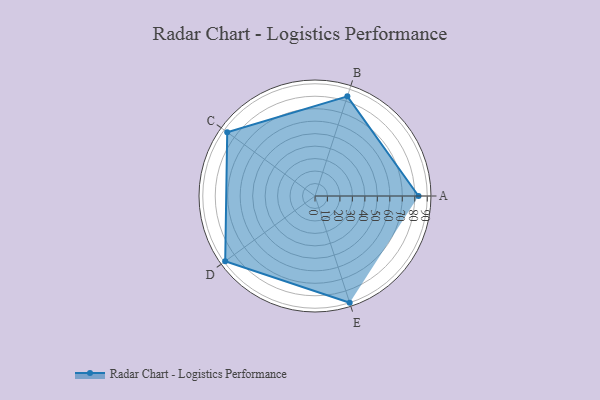
{"axis": {"x": "Skill", "y": "Score"}, "legend": ["Profile"], "data": [{"x": "A", "y": 83.0, "type": "Profile"}, {"x": "B", "y": 84.0, "type": "Profile"}, {"x": "C", "y": 87.0, "type": "Profile"}, {"x": "D", "y": 89.0, "type": "Profile"}, {"x": "E", "y": 90.0, "type": "Profile"}]}